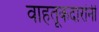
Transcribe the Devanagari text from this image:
वाहतूकदारांनी